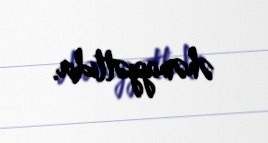
əhəmiyyətlidir.